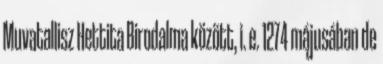
Muvatallisz Hettita Birodalma között, i. e. 1274 májusában de